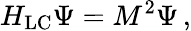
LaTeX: H_{\mathrm{LC}}\Psi=M^{2}\Psi\, ,